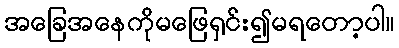
အခြေအနေကိုမဖြေရှင်း၍မရတော့ပါ။